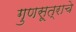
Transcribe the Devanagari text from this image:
गुणसूत्राचे